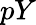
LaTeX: pY